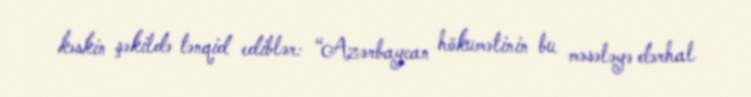
kəskin şəkildə tənqid ediblər: “Azərbaycan hökumətinin bu məsələyə dərhal